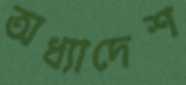
অধ্যাদেশ